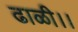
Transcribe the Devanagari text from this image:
ढाळी।।